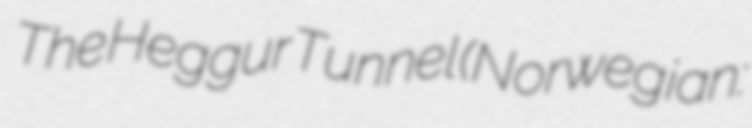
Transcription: The Heggur Tunnel (Norwegian: